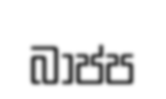
බාප්ප